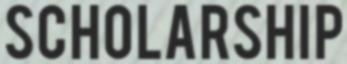
SCHOLARSHIP